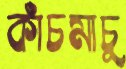
কাঁচমাচু